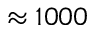
\approx 1 0 0 0